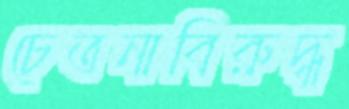
চেতনাবিরুদ্ধ